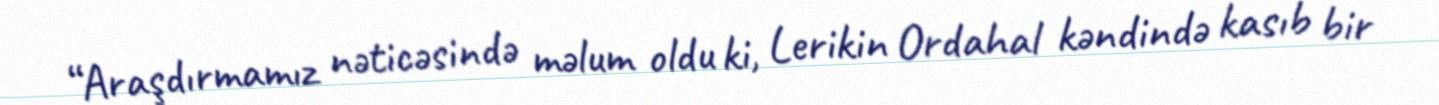
“Araşdırmamız nəticəsində məlum oldu ki, Lerikin Ordahal kəndində kasıb bir